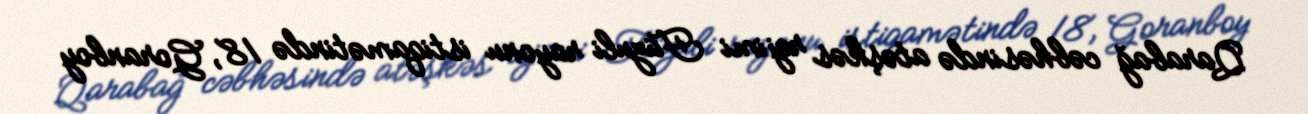
Qarabağ cəbhəsində atəşkəs rejimi Füzuli rayonu istiqamətində 18, Goranboy